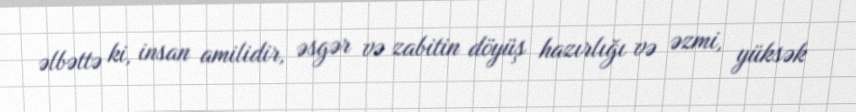
əlbəttə ki, insan amilidir, əsgər və zabitin döyüş hazırlığı və əzmi, yüksək